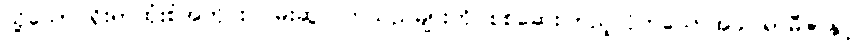
သို့သော် ရိုးရာထုံးစံအတိုင်း ဝမ်းဆွဲလက်သည်များကို စစ်ဆေးကြည့်လိုက်သောအခါ ရာမီဇာနှင့်